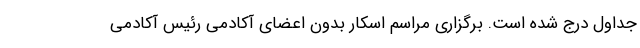
جداول درج شده است. برگزاری مراسم اسکار بدون اعضای آکادمی رئیس آکادمی